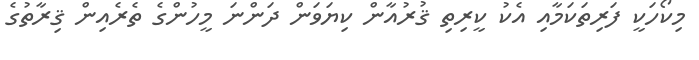
މިކޯހަކީ ފަރިތަކަމާއި އެކު ކީރިތި ޤުރުއާން ކިޔަވަން ދަންނަ މީހުންގެ ތެރެއިން ޤިރާތުގެ